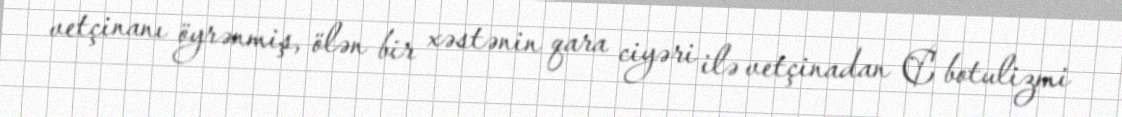
vetçinanı öyrənmiş, ölən bir xəstənin qara ciyəri ilə vetçinadan C botulizmi